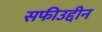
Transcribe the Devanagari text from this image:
सफीउद्दीन